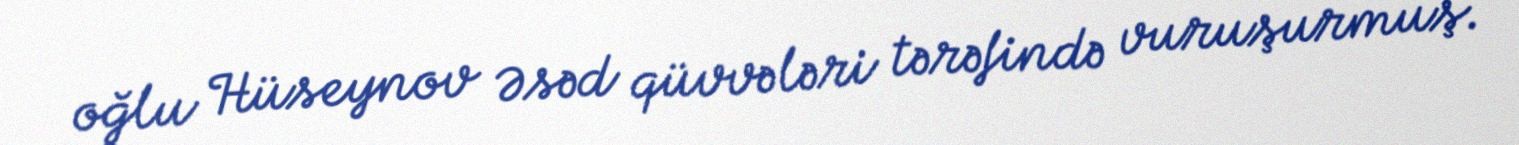
oğlu Hüseynov Əsəd qüvvələri tərəfində vuruşurmuş.